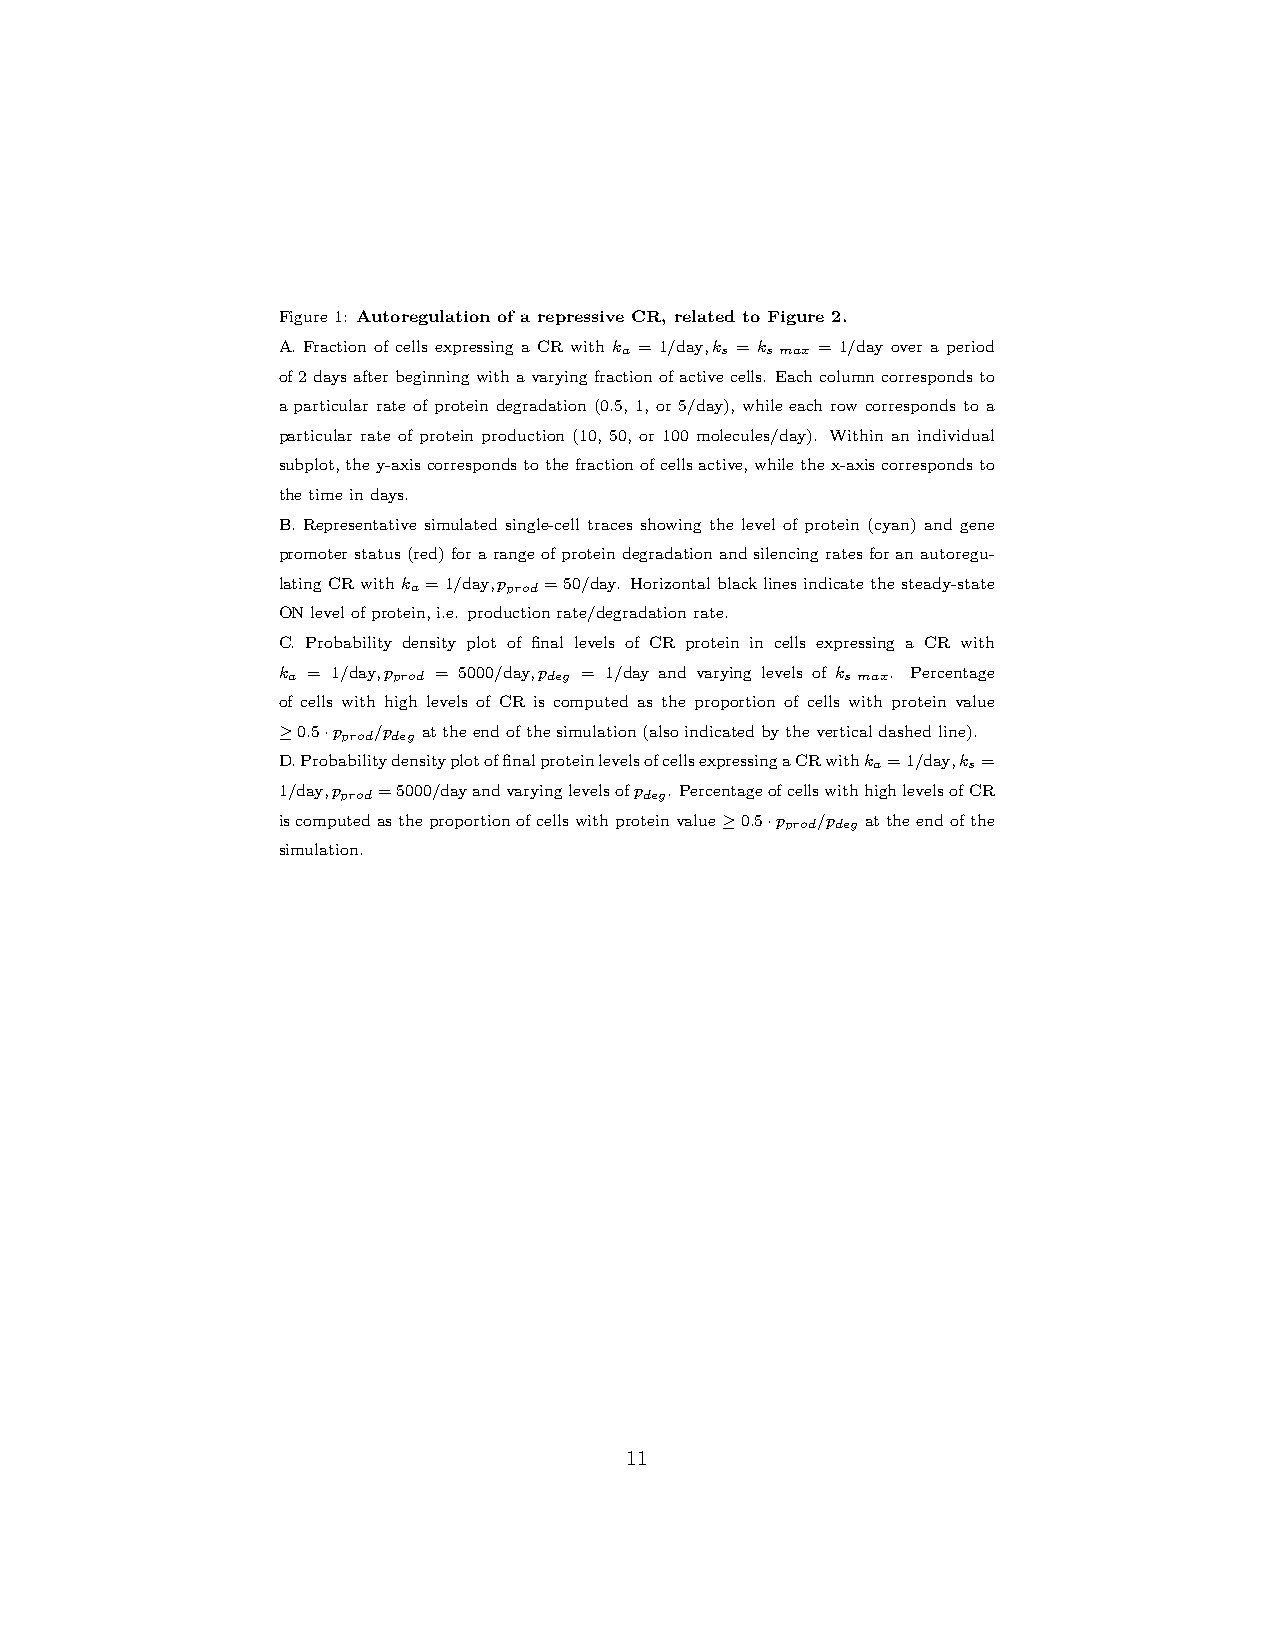
Figure1: Autoregulation of a repressive CR, related to Figure 2.
 A. Fraction of cells expressing a CR with ka = 1/day,ks = ksmax = 1/day over a period
 of2daysafterbeginningwithavaryingfractionofactivecells. Eachcolumncorrespondsto
 a particular rate of protein degradation (0.5, 1, or 5/day), while each row corresponds to a
 particular rate of protein production (10, 50, or 100 molecules/day). Within an individual
 subplot,they-axiscorrespondstothefractionofcellsactive,whilethex-axiscorrespondsto
 thetimeindays.
 B. Representative simulated single-cell traces showing the level of protein (cyan) and gene
 promoterstatus(red)forarangeofproteindegradationandsilencingratesforanautoregu-
 latingCRwithka =1/day,p
 prod
 =50/day. Horizontalblacklinesindicatethesteady-state
 ONlevelofprotein,i.e. productionrate/degradationrate.
 C. Probability density plot of final levels of CR protein in cells expressing a CR with
 ka = 1/day,p
 prod
 = 5000/day,p
 deg
 = 1/day and varying levels of ksmax. Percentage
 of cells with high levels of CR is computed as the proportion of cells with protein value
 ≥0.5·p /p attheendofthesimulation(alsoindicatedbytheverticaldashedline).
 prod deg
 D.ProbabilitydensityplotoffinalproteinlevelsofcellsexpressingaCRwithka=1/day,ks=
 1/day,p =5000/dayandvaryinglevelsofp . PercentageofcellswithhighlevelsofCR
 prod                deg
 iscomputedastheproportionofcellswithproteinvalue≥0.5·p /p attheendofthe
 prod deg
 simulation.
 11